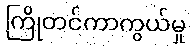
ကြိုတင်ကာကွယ်မှု